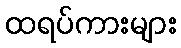
ထရပ်ကားများ